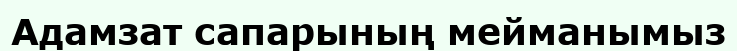
Адамзат сапарының мейманымыз